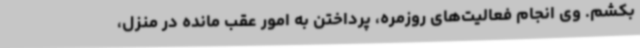
بکشم. وی انجام فعالیت‌های روزمره، پرداختن به امور عقب مانده در منزل،